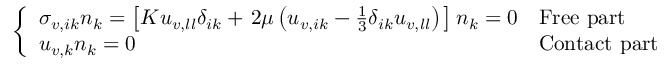
\left\{ \begin{array} { l l } { \sigma _ { v , i k } n _ { k } = \left[ K u _ { v , l l } \delta _ { i k } + \left. 2 \mu \left( u _ { v , i k } - \frac { 1 } { 3 } \delta _ { i k } u _ { v , l l } \right) \right. \right] n _ { k } = 0 } & { \mathrm { F r e e ~ p a r t } } \\ { u _ { v , k } n _ { k } = 0 } & { \mathrm { C o n t a c t ~ p a r t } } \end{array} \right.